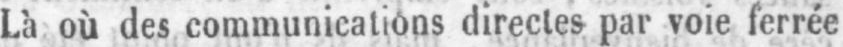
Là où des communications directes par voie ferrée